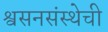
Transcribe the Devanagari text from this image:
श्वसनसंस्थेची